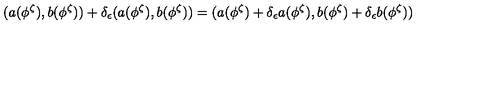
( a ( \phi ^ { \zeta } ) , b ( \phi ^ { \zeta } ) ) + \delta _ { \epsilon } ( a ( \phi ^ { \zeta } ) , b ( \phi ^ { \zeta } ) ) = ( a ( \phi ^ { \zeta } ) + \delta _ { \epsilon } a ( \phi ^ { \zeta } ) , b ( \phi ^ { \zeta } ) + \delta _ { \epsilon } b ( \phi ^ { \zeta } ) )